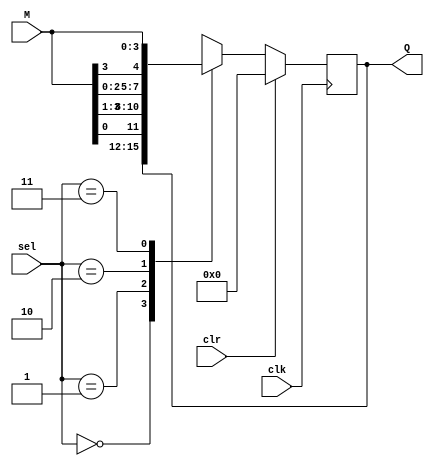
`timescale 1ns / 1ps
//////////////////////////////////////////////////////////////////////////////////
// Company: 
// Engineer: 
// 
// Design Name: 
// Module Name:    Universal_Shift_Register 
// Project Name: 
// Target Devices: 
// Tool versions: 
// Description: 
//
// Dependencies: 
//
// Revision: 
// Revision 0.01 - File Created
// Additional Comments: 
//
//////////////////////////////////////////////////////////////////////////////////

module universal_sr(input clr,clk,input [1:0]sel,input [3:0]M,output reg [3:0]Q);
always @(negedge clk)begin
  if(clr)
  Q=4'b0000;
  else begin
  case(sel)
    2'b00: Q=Q;
    2'b01: Q={M[0],M[3:1]};
    2'b10: Q={M[2:0],M[3]};
    2'b11: Q=M;
  endcase
  end
end
endmodule